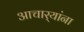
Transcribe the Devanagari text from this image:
आचार्‍यांना